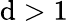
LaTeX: \mathrm{d}>1